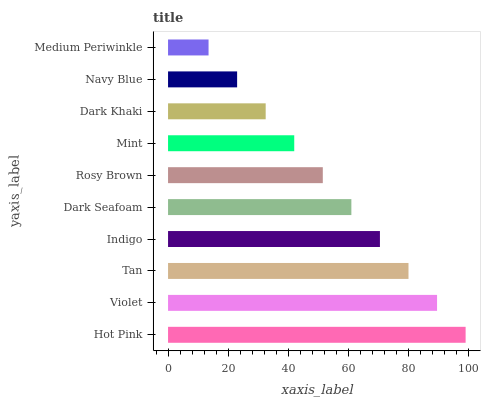
| yaxis_label | bars |
 | --- | --- |
 | Hot Pink | 99 |
 | Violet | 89.5 |
 | Tan | 80 |
 | Indigo | 70.5 |
 | Dark Seafoam | 61 |
 | Rosy Brown | 51.5 |
 | Mint | 42 |
 | Dark Khaki | 32.5 |
 | Navy Blue | 23 |
 | Medium Periwinkle | 13.5 |